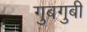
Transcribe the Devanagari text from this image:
गुबगुबी